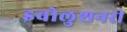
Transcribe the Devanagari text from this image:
इवोलुशनरी